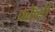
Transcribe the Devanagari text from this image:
फौव्ली